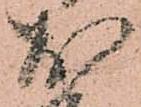
於